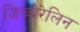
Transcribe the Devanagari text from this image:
जिब्बेरेलिन